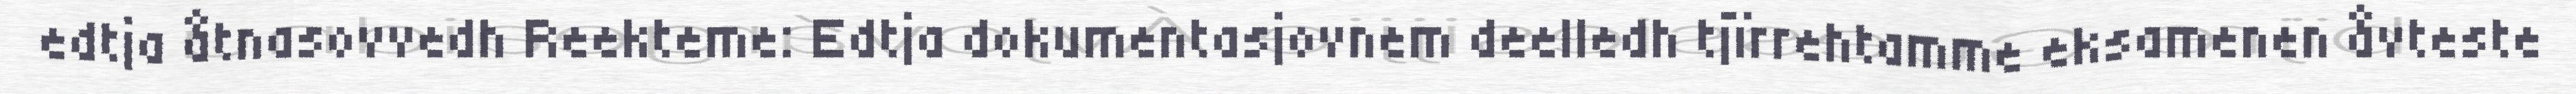
edtja åtnasovvedh Reekteme: Edtja dokumentasjovnem deelledh tjïrrehtamme eksamenen åvteste